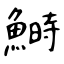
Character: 鰣